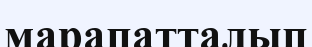
марапатталып